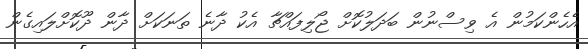
އެހެންކަމުން އެ ވިސްނުން ބަދަލުކޮށް ޖޯލިފައްޗާ އެކު ދާނެ ތަނަކަށް ދާން ދޫކޮށްލައިގެން